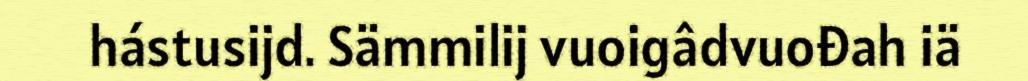
hástusijd. Sämmilij vuoigâdvuođah iä